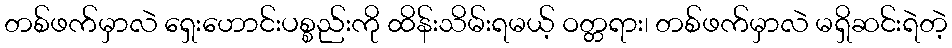
တစ်ဖက်မှာလဲ ရှေးဟောင်းပစ္စည်းကို ထိန်းသိမ်းရမယ့် ဝတ္တရား၊ တစ်ဖက်မှာလဲ မရှိဆင်းရဲတဲ့